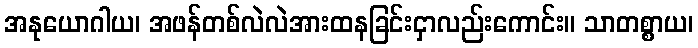
အနုယောဂါယ၊ အဖန်တစ်လဲလဲအားထနခြင်းငှာလည်းကောင်း။ သာတစ္စာယ၊